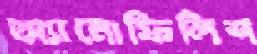
অ্যানোফিলিশ